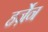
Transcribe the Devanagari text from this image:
हर्ज़ेन